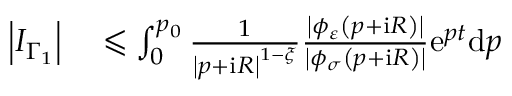
\begin{array} { r l } { \left\vert I _ { \Gamma _ { 1 } } \right\vert } & { { } \leqslant \int _ { 0 } ^ { p _ { 0 } } \frac { 1 } { \left\vert p + \mathrm { i } R \right\vert ^ { 1 - \xi } } \frac { \left\vert \phi _ { \varepsilon } \left( p + \mathrm { i } R \right) \right\vert } { \left\vert \phi _ { \sigma } \left( p + \mathrm { i } R \right) \right\vert } \mathrm { e } ^ { p t } \mathrm { d } p } \end{array}